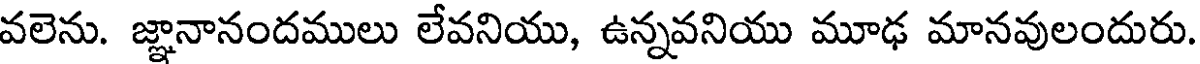
వలెను. జ్ఞానానందములు లేవనియు, ఉన్నవనియు మూఢ మానవులందురు.